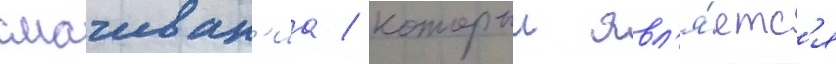
смачиван'иа / которыи явл'я́етс'я